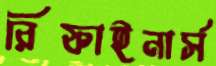
রিফাইনার্স